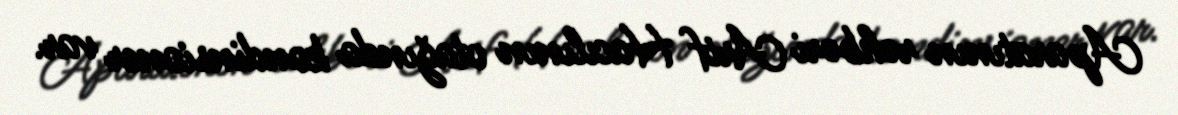
Aparatının rəhbəri Arif Hacılının otağında kondinsioner var.